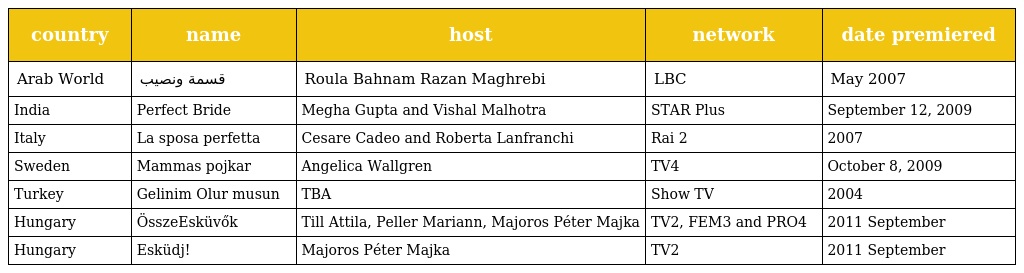
| country | name | host | network | date premiered |
 | --- | --- | --- | --- | --- |
 | Arab World | قسمة ونصيب | Roula Bahnam Razan Maghrebi | LBC | May 2007 |
 | India | Perfect Bride | Megha Gupta and Vishal Malhotra | STAR Plus | September 12, 2009 |
 | Italy | La sposa perfetta | Cesare Cadeo and Roberta Lanfranchi | Rai 2 | 2007 |
 | Sweden | Mammas pojkar | Angelica Wallgren | TV4 | October 8, 2009 |
 | Turkey | Gelinim Olur musun | TBA | Show TV | 2004 |
 | Hungary | ÖsszeEsküvők | Till Attila, Peller Mariann, Majoros Péter Majka | TV2, FEM3 and PRO4 | 2011 September |
 | Hungary | Esküdj! | Majoros Péter Majka | TV2 | 2011 September |